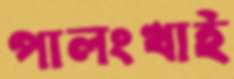
পালংখাই